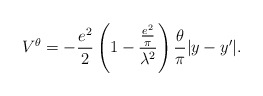
\begin{align*}V^\theta = - \frac{{e^2 }}{2}\left( {1 - \frac{{\frac{{e^2}}{\pi }}}{{\lambda ^2 }}} \right)\frac{\theta }{\pi }|y -y^\prime |. \end{align*}